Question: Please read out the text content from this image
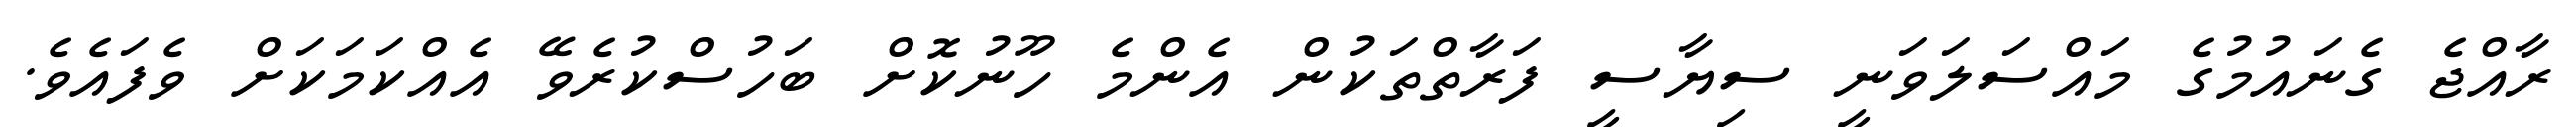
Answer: ރާއްޖެ ގެނައުމުގެ މައްސަލަވަނީ ސިޔާސީ ފަރާތްތަކުން އެންމެ ހޫނުކޮށް ބަހުސްކުރެވޭ އެއްކަމަކަށް ވެފައެވެ.